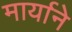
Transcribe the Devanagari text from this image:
मार्याने